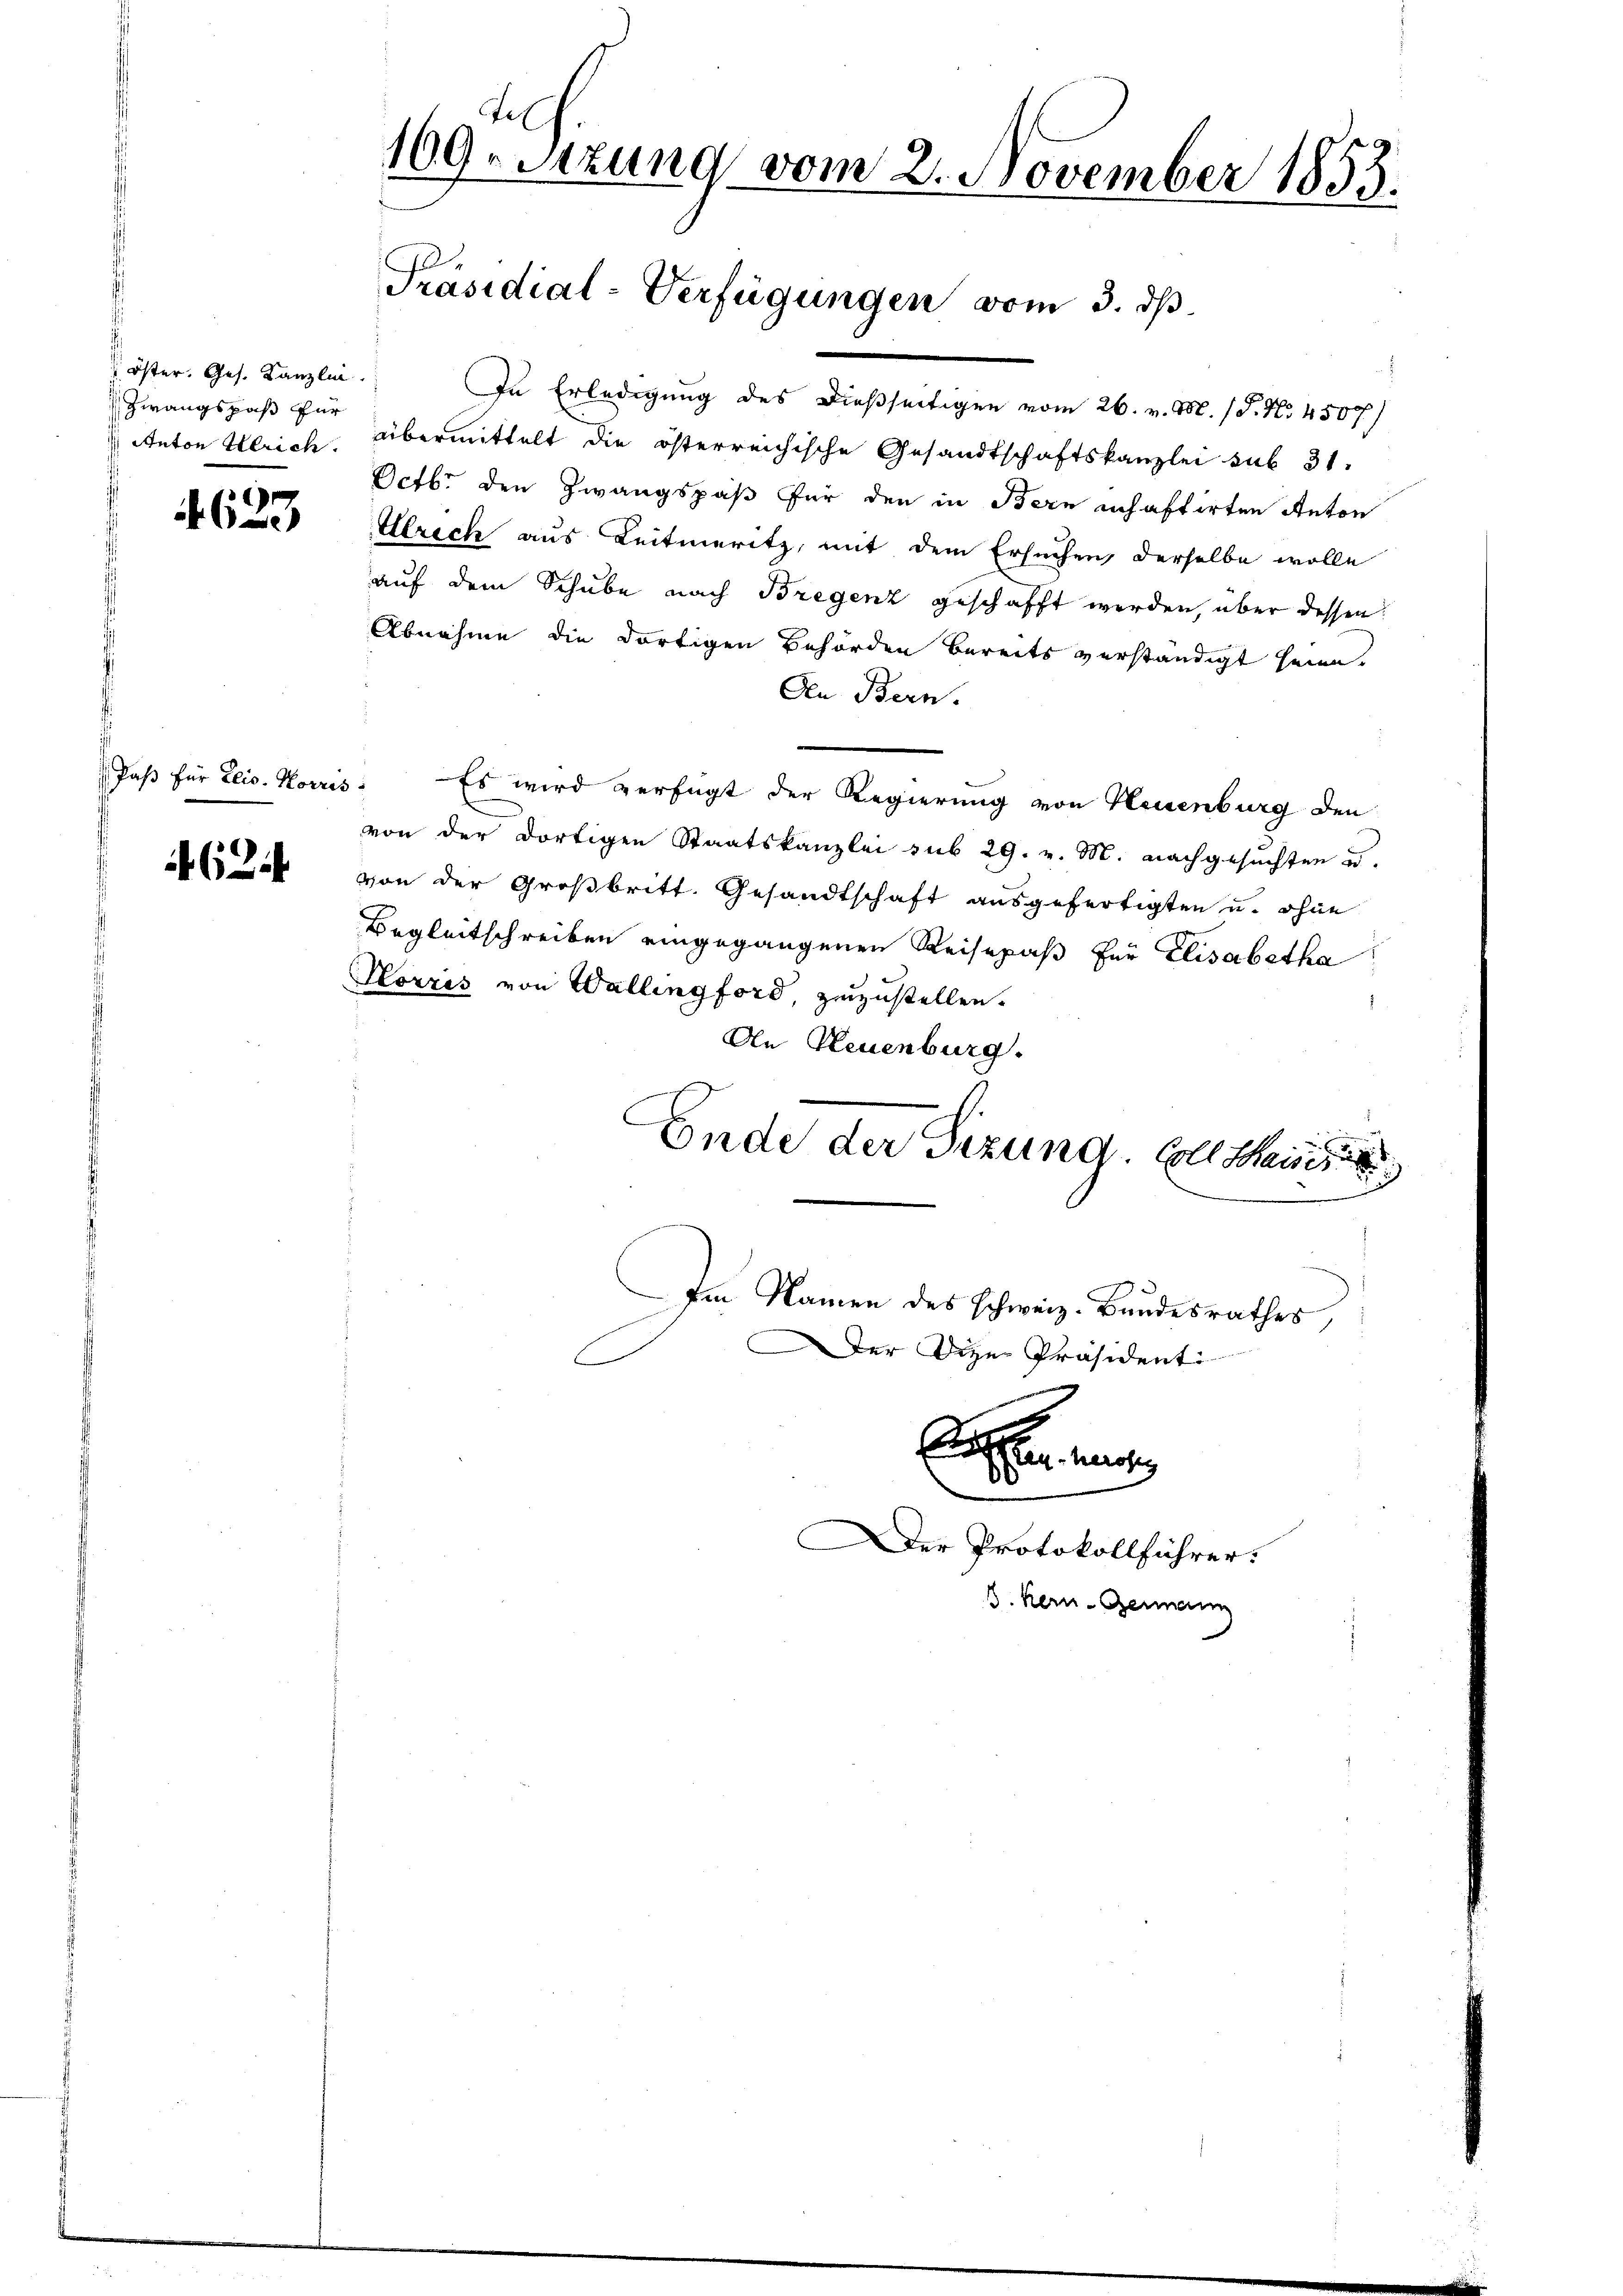
Öster. Ges. Kanzlin
 Zwangspaß für
Anton Ulrich.

¬
)

Paß für Elis. Korres

(24

109. Sitzung vom 2. November 1855.

Präsidial-Verfügungen vom 3. ds

d
In Erledigung des dießseitigen vom 26. v. M. P. Nr. 4507)
übermittelt die österreichische Gesandtschaftskanzlei sub 31.
Octbr. den Zwangspaß für den in Bern inhaftirten Anton
Abrech aus Leitmeritz, mit dem Ersuchen derselbe wolle
auf dem Schube nach Bregenz geschafft werden, über dessen:
Abnahme die dortigen Behörden bereits verständigt sein.
Aen Bern.
Es wird verfügt der Regierung von Neuenburg den
von der dortigen Staatskanzlei sub 29. v. M. nachgesuchten u.
von der Großbritt. Gesandtschaft ausgefertigten u. ohne
Begleitschreiben eingegangenen Reisepaß für Elisabetha
Horres von Walling ford, zuzustellen.
An Neuenburg.
C
Ende der Sizung. Coll Saisis

een eine
Der Protokollführer.
3. Kern- Genann

Im Namen des schweiz. Bundesrathes,
Der Die Präsident